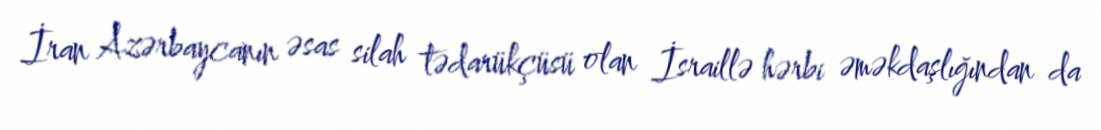
İran Azərbaycanın əsas silah tədarükçüsü olan İsraillə hərbi əməkdaşlığından da